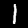
Label: 1